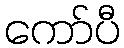
ကော်ပီ